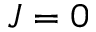
J = 0